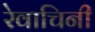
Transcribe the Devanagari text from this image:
रेवाचिनी